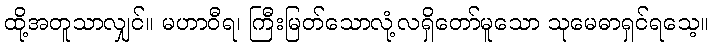
ထို့အတူသာလျှင်။ မဟာဝီရ၊ ကြီးမြတ်သောလုံ့လရှိတော်မူသော သုမေဓာရှင်ရသေ့။